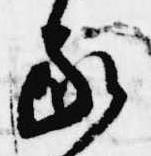
家